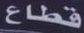
قطاع